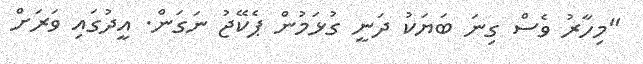
"މިހާރު ވެސް ގިނަ ބަޔަކު ދަނީ ގުޅަމުން ޕެކޭޖު ނަގަން. އީދުގައި ވަރަށް